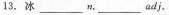
13. 冰 ___ n. ___adj.